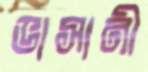
ভাসানী